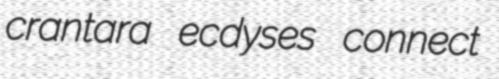
crantara ecdyses connect